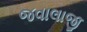
જવાલાજી